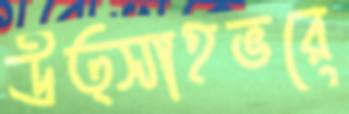
উত্সাহভরে